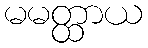
မမတ္ထာယ